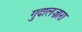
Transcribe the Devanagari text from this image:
गुदालज़ारा